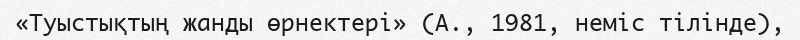
«Туыстықтың жанды өрнектері» (А., 1981, неміс тілінде),